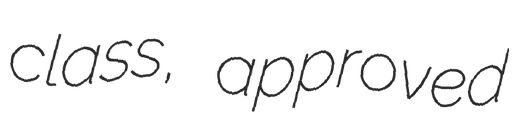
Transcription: class, approved